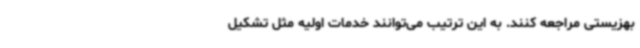
بهزیستی مراجعه کنند. به این ترتیب می‌توانند خدمات اولیه مثل تشکیل